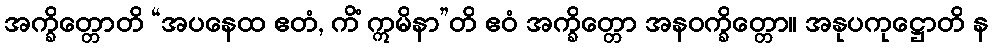
အက္ခိတ္တောတိ “အပနေထ ဧတံ, ကိံ ဣမိနာ”တိ ဧဝံ အက္ခိတ္တော အနဝက္ခိတ္တော။ အနုပကုဋ္ဌောတိ န